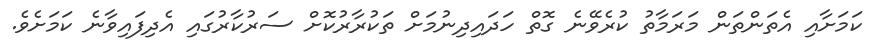
ކަމަށާއި އެތަންތަން މަރަމާތު ކުރެވޭނެ ގޮތް ހަދައިދިނުމަށް ތަކުރާރުކޮށް ސަރުކާރުގައި އެދިފައިވާނެ ކަމަށެވެ.